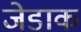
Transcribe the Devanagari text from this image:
जेडाक